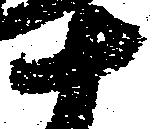
十